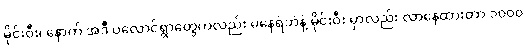
မိုင်းဝီး၊ နောက် အဲဒီ ပလောင်ရွာတွေကလည်း မနေရဲဘဲနဲ့ မိုင်းဝီး မှာလည်း လာနေထားတာ ၁၀၀၀